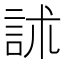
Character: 訹